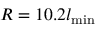
R = 1 0 . 2 l _ { \mathrm { m i n } }